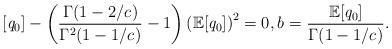
LaTeX: \begin{align*}&[\mathit{q}_{0}]-\left(\frac{\Gamma(1-2/{{c_{}}})}{\Gamma^2(1-1/{{c_{}}})}-1 \right) \left(\mathbb{E}[\mathit{q}_{0}]\right)^2=0, {{b_{}}}=\frac{\mathbb{E}[\mathit{q}_{0}]}{\Gamma(1-1/{{c_{}}})}. \end{align*}